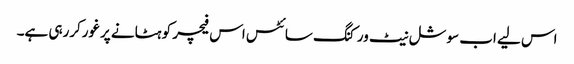
اس لیے اب سوشل نیٹ ورکنگ سائٹس اس فیچر کو ہٹانے پرغورکررہی ہے۔